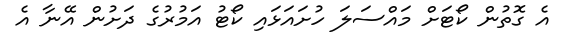
އެެ ގޮތުން ކޯޓަށް މައްސަލަ ހުށައަޅައި ކޯޓު އަމުރުގެ ދަށުން އޭނާ އެ